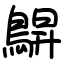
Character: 鵿